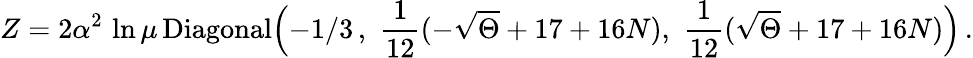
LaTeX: Z=2\alpha^{2}\, \ln\mu\, \mathrm{Diagonal}\Bigl(-1/3\, ,\, \, \frac{1}{12}(-\sqrt\Theta+17+16N),\, \, \frac{1}{12}(\sqrt\Theta+17+16N)\Bigr)\, .